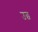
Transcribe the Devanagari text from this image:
उछ